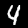
Label: 4